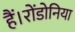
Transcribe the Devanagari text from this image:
हैं।रोंडोनिया